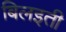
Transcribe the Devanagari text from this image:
बिलइती